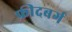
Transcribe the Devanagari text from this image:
फ्रीदबर्ग